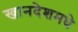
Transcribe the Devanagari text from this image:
खानदेशमधे